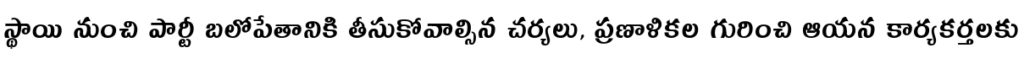
స్థాయి నుంచి పార్టీ బలోపేతానికి తీసుకోవాల్సిన చర్యలు, ప్రణాళికల గురించి ఆయన కార్యకర్తలకు